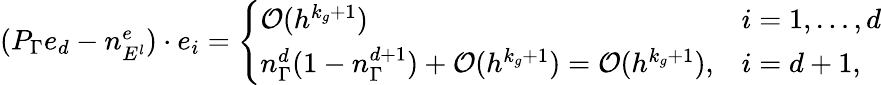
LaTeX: \begin{array}{r}{({P}_{\Gamma}e_{d}-n_{E^{l}}^{e})\cdot e_{i}=\left\{ \begin{array}{ll}{\mathcal{O}(h^{k_{g}+1})}&{i=1,\ldots,d}\\ {n_{\Gamma}^{d}(1-n_{\Gamma}^{d+1})+\mathcal{O}(h^{k_{g}+1})=\mathcal{O}(h^{k_{g}+1}),}&{i=d+1,}\end{array}\right.}\end{array}